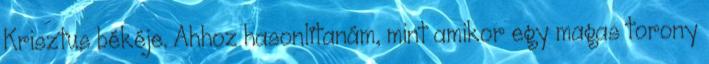
Krisztus békéje. Ahhoz hasonlítanám, mint amikor egy magas torony